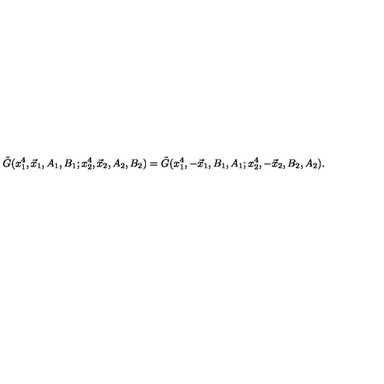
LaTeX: \tilde { G } ( x _ { 1 } ^ { 4 } , \vec { x } _ { 1 } , A _ { 1 } , B _ { 1 } ; x _ { 2 } ^ { 4 } , \vec { x } _ { 2 } , A _ { 2 } , B _ { 2 } ) = \tilde { G } ( x _ { 1 } ^ { 4 } , - \vec { x } _ { 1 } , B _ { 1 } , A _ { 1 } ; x _ { 2 } ^ { 4 } , - \vec { x } _ { 2 } , B _ { 2 } , A _ { 2 } ) .